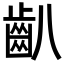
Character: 𪗔